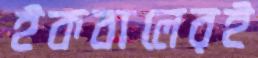
ইকবালেরই